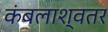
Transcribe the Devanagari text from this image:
कंबलाश्वतर